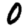
Digit: 0